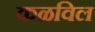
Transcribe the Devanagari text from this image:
कळविल